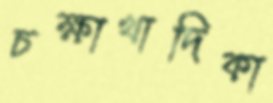
চক্ষাখাদিকা